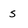
Character: s